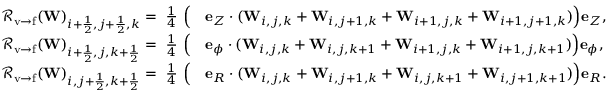
\begin{array} { r l } { { \mathcal { R } } _ { \mathrm { v \rightarrow f } } ( \mathbf { W } ) _ { i + \frac { 1 } { 2 } , j + \frac { 1 } { 2 } , k } = ~ \frac { 1 } { 4 } ~ { \Big ( } } & { \mathbf { e } _ { Z } \cdot ( \mathbf { W } _ { i , j , k } + \mathbf { W } _ { i , j + 1 , k } + \mathbf { W } _ { i + 1 , j , k } + \mathbf { W } _ { i + 1 , j + 1 , k } ) { \Big ) } \mathbf { e } _ { Z } , } \\ { { \mathcal { R } } _ { \mathrm { v \rightarrow f } } ( \mathbf { W } ) _ { i + \frac { 1 } { 2 } , j , k + \frac { 1 } { 2 } } = ~ \frac { 1 } { 4 } ~ { \Big ( } } & { \mathbf { e } _ { \phi } \cdot ( \mathbf { W } _ { i , j , k } + \mathbf { W } _ { i , j , k + 1 } + \mathbf { W } _ { i + 1 , j , k } + \mathbf { W } _ { i + 1 , j , k + 1 } ) { \Big ) } \mathbf { e } _ { \phi } , } \\ { { \mathcal { R } } _ { \mathrm { v \rightarrow f } } ( \mathbf { W } ) _ { i , j + \frac { 1 } { 2 } , k + \frac { 1 } { 2 } } = ~ \frac { 1 } { 4 } ~ { \Big ( } } & { \mathbf { e } _ { R } \cdot ( \mathbf { W } _ { i , j , k } + \mathbf { W } _ { i , j + 1 , k } + \mathbf { W } _ { i , j , k + 1 } + \mathbf { W } _ { i , j + 1 , k + 1 } ) { \Big ) } \mathbf { e } _ { R } . } \end{array}